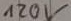
Text: 120V